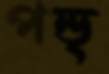
পন্ড্